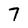
Character: 7